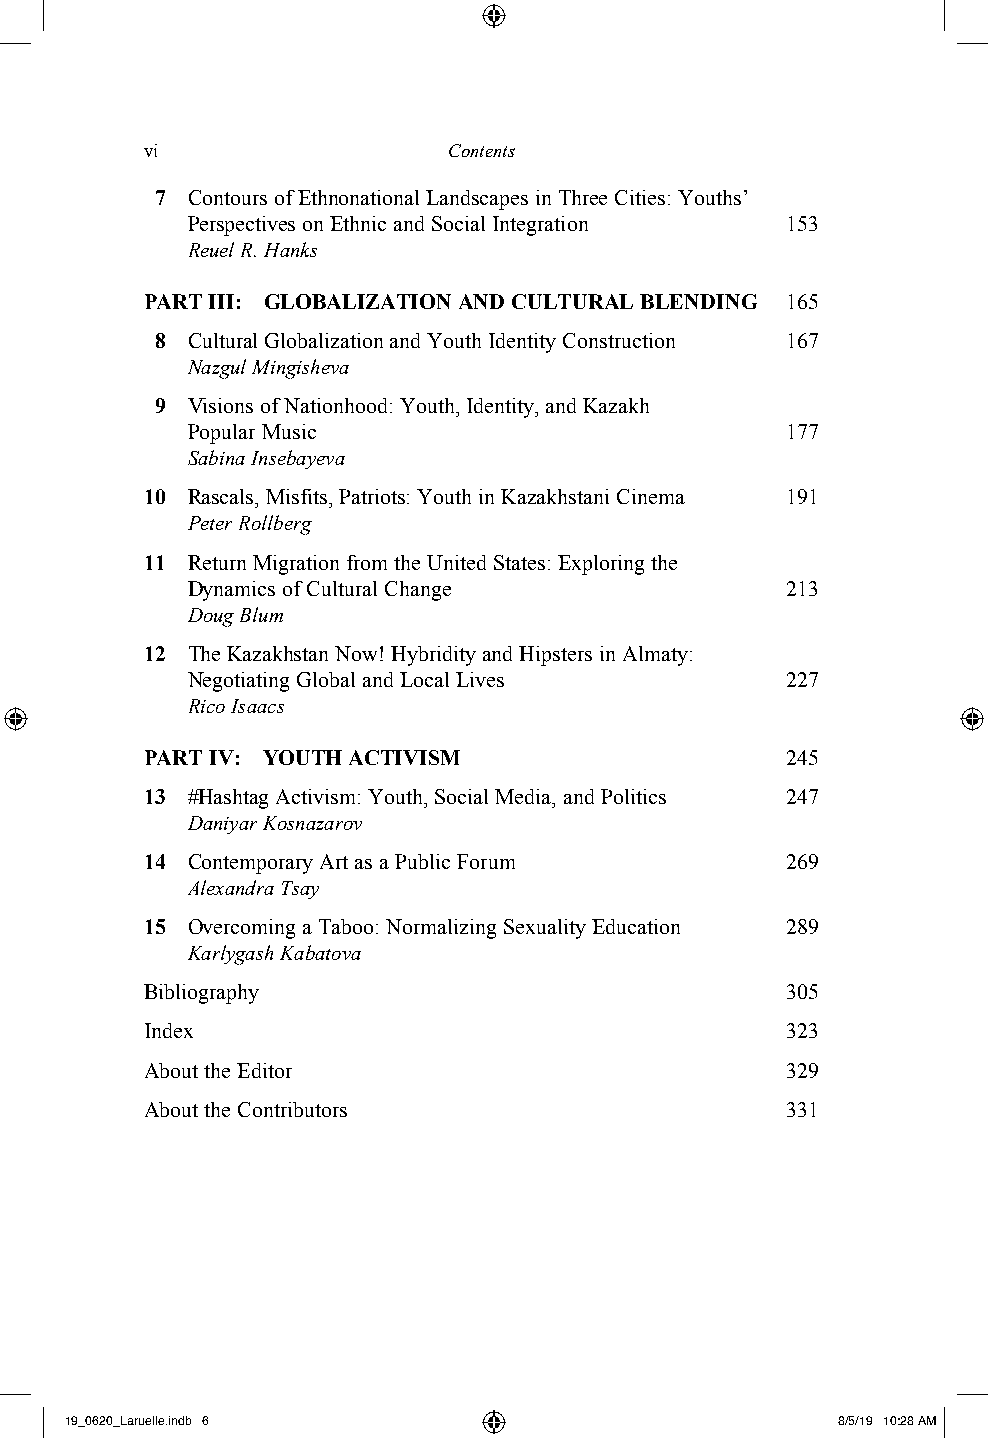
vi                  Contents
 7 Contours of Ethnonational Landscapes in Three Cities: Youths’
 Perspectives on Ethnic and Social Integration 153
 Reuel R. Hanks
 PART III: GLOBALIZATION AND CULTURAL BLENDING 165
 8 Cultural Globalization and Youth Identity Construction 167
 Nazgul Mingisheva
 9 Visions of Nationhood: Youth, Identity, and Kazakh
 Popular Music                           177
 Sabina Insebayeva
 10 Rascals, Misfits, Patriots: Youth in Kazakhstani Cinema 191
 Peter Rollberg
 11 Return Migration from the United States: Exploring the
 Dynamics of Cultural Change             213
 Doug Blum
 12 The Kazakhstan Now! Hybridity and Hipsters in Almaty:
 Negotiating Global and Local Lives      227
 Rico Isaacs
 PART IV: YOUTH ACTIVISM                   245
 13 #Hashtag Activism: Youth, Social Media, and Politics 247
 Daniyar Kosnazarov
 14 Contemporary Art as a Public Forum     269
 Alexandra Tsay
 15 Overcoming a Taboo: Normalizing Sexuality Education 289
 Karlygash Kabatova
 Bibliography                              305
 Index                                     323
 About the Editor                          329
 About the Contributors                    331
 19_0620_Laruelle.indb 6                            8/5/19 10:28 AM